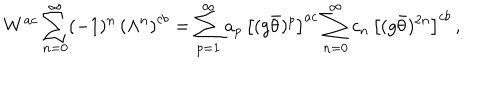
W ^ { a c } \sum _ { n = 0 } ^ { \infty } ( - 1 ) ^ { n } \, \left( \Lambda ^ { n } \right) ^ { c b } = \sum _ { p = 1 } ^ { \infty } a _ { p } \, \left[ ( g \bar { \theta } ) ^ { p } \right] ^ { a c } \sum _ { n = 0 } ^ { \infty } c _ { n } \, \left[ ( g \bar { \theta } ) ^ { 2 n } \right] ^ { c b } \, ,